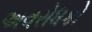
અવરોધકો